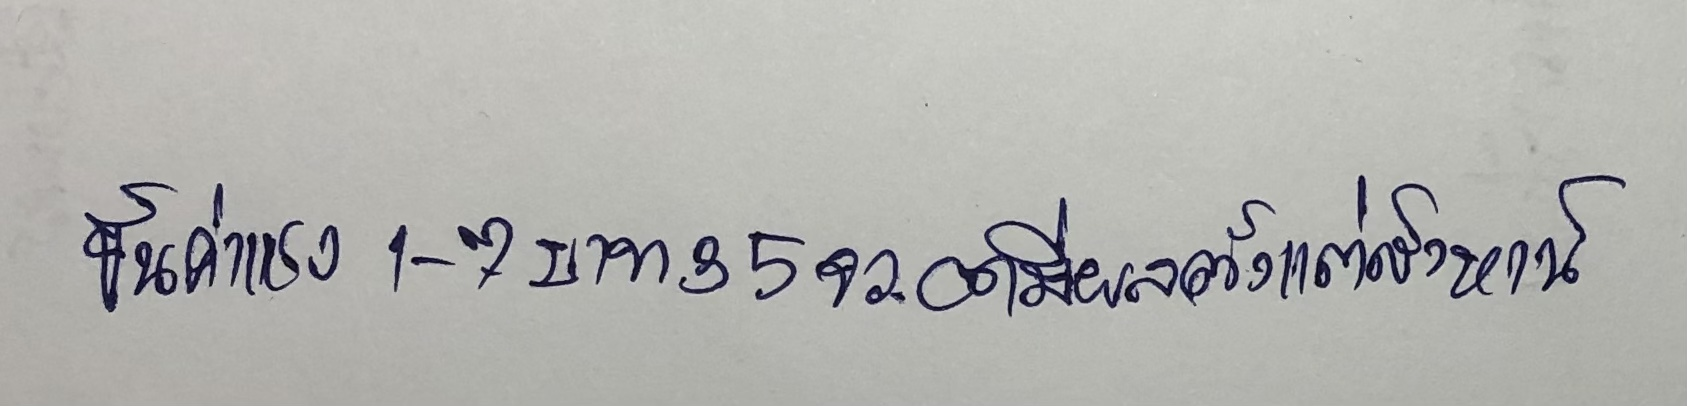
ขึ้นค่าแรง1-7บาท35จว.อดมีผลตั้งแต่สิงหานี้